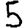
Digit: 5